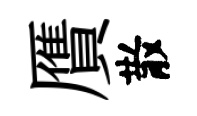
贋散